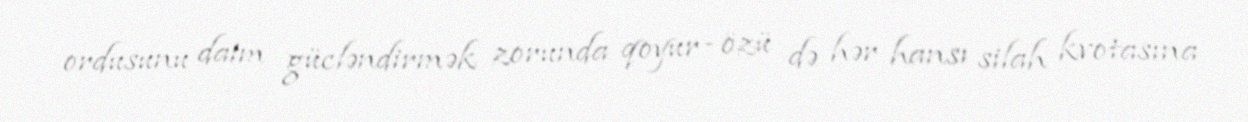
ordusunu daim gücləndirmək zorunda qoyur - özü də hər hansı silah kvotasına